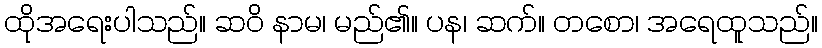
ထိုအရေးပါသည်။ ဆဝိ နာမ၊ မည်၏။ ပန၊ ဆက်။ တစော၊ အရေထူသည်။